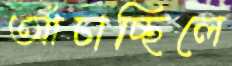
আঁচাচ্ছিলে